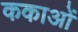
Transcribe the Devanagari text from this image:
ककाओं